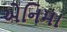
એનિમા